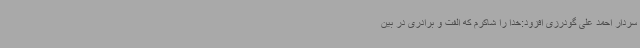
سردار احمد علی گودرزی افزود:خدا را شاکرم که الفت و برادری در بین